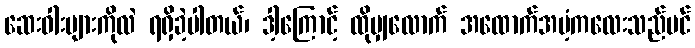
ဆေးဝါးများကိုလဲ ရရှိခဲ့ပါတယ်၊ ဒါ့ကြောင့် ထိုမျှလောက် အထောက်အပံ့ကလေးသည်ပင်